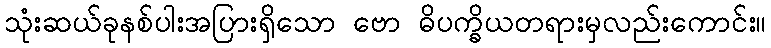
သုံးဆယ်ခုနစ်ပါးအပြားရှိသော ဗော ဓိပက္ခိယတရားမှလည်းကောင်း။